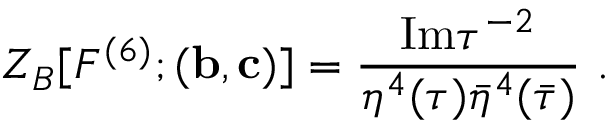
Z _ { B } [ F ^ { ( 6 ) } ; ( { \bf b } , { \bf c } ) ] = \frac { \mathrm { I m } \tau ^ { - 2 } } { \eta ^ { 4 } ( \tau ) \bar { \eta } ^ { 4 } ( \bar { \tau } ) } \ .